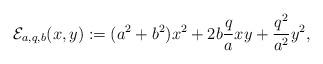
LaTeX: \begin{align*}\mathcal{E}_{a, q, b}(x, y):= (a^2+b^2) x^2+ 2b\frac{q}{a} xy + \frac{q^2}{a^2} y^2, \end{align*}